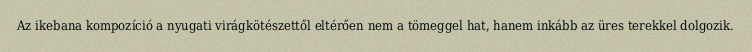
Az ikebana kompozíció a nyugati virágkötészettől eltérően nem a tömeggel hat, hanem inkább az üres terekkel dolgozik.